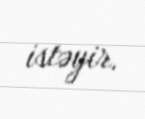
istəyir.